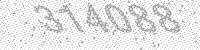
Solution: 314088